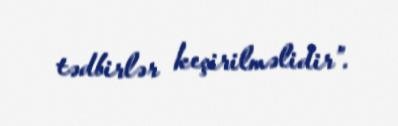
tədbirlər keçirilməlidir”.